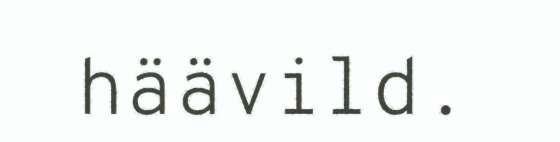
häävild.